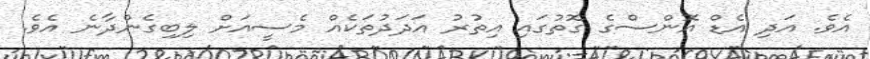
އެވެ. އަދި އެޑް އޮންސްގެ ގޮތުގައި އިތުރު އަދަދުތަކެއް މެސީއަށް ލިބިގެންދާނެ އެވެ.